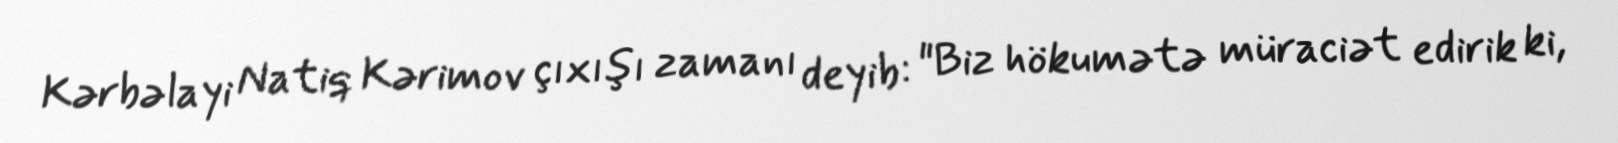
Kərbəlayi Natiq Kərimov çıxışı zamanı deyib: "Biz hökumətə müraciət edirik ki,